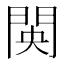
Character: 𮤋